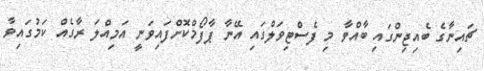
ޗައިނާގެ ބެއިޖިންގައި ބާއްވާ މި ފެސްޓިވަލްގައި އޭނާ ޕާފޯމްކޮށްފައިވަނީ އަމިއްލަ ރާގެއް ކަމުގައިވާ